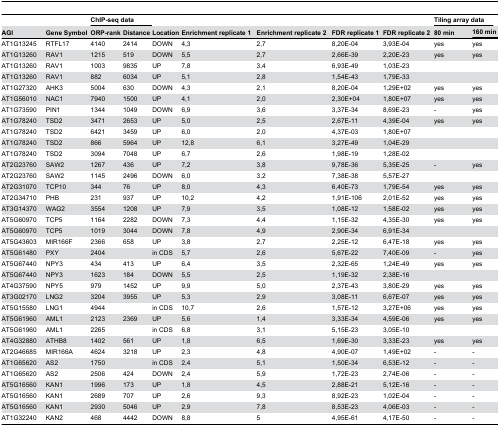
<table><thead><tr><td></td><td></td><td colspan="2"><b>ChIP-seq data</b></td><td></td><td></td><td></td><td></td><td></td><td colspan="2"><b>Tiling array data</b></td></tr><tr><td><b>AGI</b></td><td><b>Gene Symbol</b></td><td><b>ORP-rank</b></td><td><b>Distance</b></td><td><b>Location</b></td><td><b>Enrichment replicate 1</b></td><td><b>Enrichment replicate 2</b></td><td><b>FDR replicate 1</b></td><td><b>FDR replicate 2</b></td><td><b>80 min</b></td><td colspan="2"><b>160 min</b></td></tr></thead><tbody><tr><td>AT1G13245</td><td>RTFL17</td><td>4140</td><td>2414</td><td>DOWN</td><td>4,3</td><td>2,7</td><td>8,20E-04</td><td>3,93E-04</td><td>yes</td><td colspan="2">yes</td></tr><tr><td>AT1G13260</td><td>RAV1</td><td>1215</td><td>519</td><td>DOWN</td><td>5,5</td><td>2,7</td><td>2,66E-39</td><td>2,20E-23</td><td>yes</td><td colspan="2">yes</td></tr><tr><td>AT1G13260</td><td>RAV1</td><td>1003</td><td>9835</td><td>UP</td><td>7,8</td><td>3,4</td><td>6,93E-49</td><td>1,03E-23</td><td></td><td colspan="2"></td></tr><tr><td>AT1G13260</td><td>RAV1</td><td>882</td><td>6034</td><td>UP</td><td>5,1</td><td>2,8</td><td>1,54E-43</td><td>1,79E-33</td><td></td><td colspan="2"></td></tr><tr><td>AT1G27320</td><td>AHK3</td><td>5004</td><td>630</td><td>DOWN</td><td>4,3</td><td>2,1</td><td>8,20E-04</td><td>1,29E+02</td><td>yes</td><td colspan="2">yes</td></tr><tr><td>AT1G56010</td><td>NAC1</td><td>7940</td><td>1500</td><td>UP</td><td>4,1</td><td>2,0</td><td>2,30E+04</td><td>1,80E+07</td><td>yes</td><td colspan="2">yes</td></tr><tr><td>AT1G73590</td><td>PIN1</td><td>1344</td><td>1049</td><td>DOWN</td><td>6,9</td><td>3,6</td><td>3,37E-34</td><td>8,69E-23</td><td>-</td><td colspan="2">yes</td></tr><tr><td>AT1G78240</td><td>TSD2</td><td>3471</td><td>2653</td><td>UP</td><td>5,0</td><td>2,5</td><td>2,67E-11</td><td>4,39E-04</td><td>yes</td><td colspan="2">yes</td></tr><tr><td>AT1G78240</td><td>TSD2</td><td>6421</td><td>3459</td><td>UP</td><td>6,0</td><td>2,0</td><td>4,37E-03</td><td>1,80E+07</td><td></td><td colspan="2"></td></tr><tr><td>AT1G78240</td><td>TSD2</td><td>866</td><td>5964</td><td>UP</td><td>12,8</td><td>6,1</td><td>3,27E-49</td><td>1,04E-29</td><td></td><td colspan="2"></td></tr><tr><td>AT1G78240</td><td>TSD2</td><td>3094</td><td>7048</td><td>UP</td><td>6,7</td><td>2,6</td><td>1,98E-19</td><td>1,28E-02</td><td></td><td colspan="2"></td></tr><tr><td>AT2G23760</td><td>SAW2</td><td>1267</td><td>436</td><td>UP</td><td>7,2</td><td>3,8</td><td>9,78E-36</td><td>5,35E-25</td><td>-</td><td colspan="2">yes</td></tr><tr><td>AT2G23760</td><td>SAW2</td><td>1145</td><td>2496</td><td>DOWN</td><td>6,0</td><td>3,2</td><td>7,38E-38</td><td>5,57E-27</td><td></td><td colspan="2"></td></tr><tr><td>AT2G31070</td><td>TCP10</td><td>344</td><td>76</td><td>UP</td><td>8,0</td><td>4,3</td><td>6,40E-73</td><td>1,79E-54</td><td>yes</td><td colspan="2">yes</td></tr><tr><td>AT2G34710</td><td>PHB</td><td>231</td><td>937</td><td>UP</td><td>10,2</td><td>4,2</td><td>1,91E-106</td><td>2,01E-52</td><td>yes</td><td colspan="2">yes</td></tr><tr><td>AT3G14370</td><td>WAG2</td><td>3554</td><td>1208</td><td>UP</td><td>7,9</td><td>3,5</td><td>1,08E-12</td><td>1,58E-02</td><td>yes</td><td colspan="2">yes</td></tr><tr><td>AT5G60970</td><td>TCP5</td><td>1164</td><td>2282</td><td>DOWN</td><td>7,3</td><td>4,4</td><td>1,15E-32</td><td>4,35E-30</td><td>yes</td><td colspan="2">yes</td></tr><tr><td>AT5G60970</td><td>TCP5</td><td>1019</td><td>3044</td><td>DOWN</td><td>7,8</td><td>4,9</td><td>2,90E-34</td><td>6,91E-34</td><td></td><td colspan="2"></td></tr><tr><td>AT5G43603</td><td>MIR166F</td><td>2366</td><td>658</td><td>UP</td><td>3,8</td><td>2,7</td><td>2,25E-12</td><td>6,47E-18</td><td>yes</td><td colspan="2">yes</td></tr><tr><td>AT5G61480</td><td>PXY</td><td>2404</td><td></td><td>in CDS</td><td>5,7</td><td>2,6</td><td>5,67E-22</td><td>7,40E-09</td><td>-</td><td colspan="2">yes</td></tr><tr><td>AT5G67440</td><td>NPY3</td><td>434</td><td>413</td><td>UP</td><td>6,4</td><td>3,5</td><td>2,32E-65</td><td>1,24E-49</td><td>yes</td><td colspan="2">yes</td></tr><tr><td>AT5G67440</td><td>NPY3</td><td>1623</td><td>184</td><td>DOWN</td><td>5,5</td><td>2,5</td><td>1,19E-32</td><td>2,38E-16</td><td></td><td colspan="2"></td></tr><tr><td>AT4G37590</td><td>NPY5</td><td>979</td><td>1452</td><td>UP</td><td>9,9</td><td>5,0</td><td>2,37E-43</td><td>3,80E-29</td><td>yes</td><td colspan="2">yes</td></tr><tr><td>AT3G02170</td><td>LNG2</td><td>3204</td><td>3955</td><td>UP</td><td>5,3</td><td>2,9</td><td>3,08E-11</td><td>6,67E-07</td><td>yes</td><td colspan="2">yes</td></tr><tr><td>AT5G15580</td><td>LNG1 </td><td>4944</td><td></td><td>in CDS</td><td>10,7</td><td>2,6</td><td>1,57E-12</td><td>3,27E+06</td><td>yes</td><td colspan="2">yes</td></tr><tr><td>AT5G61960</td><td>AML1</td><td>2123</td><td>2369</td><td>UP</td><td>5,6</td><td>1,4</td><td>3,33E-34</td><td>4,59E-06</td><td>yes</td><td colspan="2">yes</td></tr><tr><td>AT5G61960</td><td>AML1</td><td>2265</td><td></td><td>in CDS</td><td>6,8</td><td>3,1</td><td>5,15E-23</td><td>3,05E-10</td><td></td><td colspan="2"></td></tr><tr><td>AT4G32880</td><td>ATHB8</td><td>1402</td><td>561</td><td>UP</td><td>1,8</td><td>6,5</td><td>1,69E-30</td><td>3,33E-23</td><td>yes</td><td colspan="2">yes</td></tr><tr><td>AT2G46685</td><td>MIR166A</td><td>4624</td><td>3218</td><td>UP</td><td>2,3</td><td>4,8</td><td>4,90E-07</td><td>1,49E+02</td><td>-</td><td colspan="2">-</td></tr><tr><td>AT1G65620</td><td>AS2</td><td>1750</td><td></td><td>in CDS</td><td>2,4</td><td>5,1</td><td>1,50E-34</td><td>6,53E-12</td><td>-</td><td colspan="2">-</td></tr><tr><td>AT1G65620</td><td>AS2</td><td>2506</td><td>424</td><td>DOWN</td><td>2,4</td><td>5,9</td><td>1,72E-23</td><td>2,74E-06</td><td>-</td><td colspan="2">-</td></tr><tr><td>AT5G16560</td><td>KAN1</td><td>1996</td><td>173</td><td>UP</td><td>1,8</td><td>4,5</td><td>2,88E-21</td><td>5,12E-16</td><td>-</td><td colspan="2">-</td></tr><tr><td>AT5G16560</td><td>KAN1</td><td>2689</td><td>707</td><td>UP</td><td>2,6</td><td>9,3</td><td>8,92E-23</td><td>1,02E-04</td><td>-</td><td colspan="2">-</td></tr><tr><td>AT5G16560</td><td>KAN1</td><td>2930</td><td>5046</td><td>UP</td><td>2,9</td><td>7,8</td><td>8,53E-23</td><td>4,06E-03</td><td>-</td><td colspan="2">-</td></tr><tr><td>AT1G32240</td><td>KAN2</td><td>468</td><td>4442</td><td>DOWN</td><td>8,8</td><td>5</td><td>4,95E-61</td><td>4,17E-50</td><td>-</td><td colspan="2">-</td></tr></tbody></table>